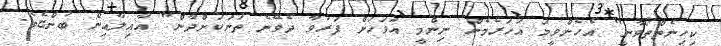
ކިހިނެތްތޯވާނީ" އެހެންވީމަ އަހަރެމެން ނިންމީ އަވަހަށް ފަރުވާ ދެވޭނެ ތަނަކަށްދާން" އާއިލާއިން ބުންޏެވެ.